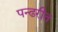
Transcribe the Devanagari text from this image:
पन्ढरीत